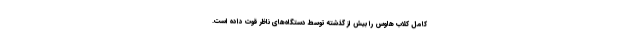
کامل کلاب هاوس را بیش از گذشته توسط دستگاه‌های ناظر قوت داده است.